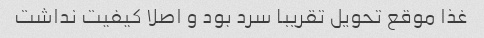
غذا موقع تحویل تقریبا سرد بود و اصلا کیفیت نداشت